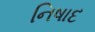
નિષાદ